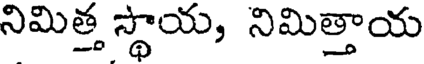
నిమిత్త స్థాయ, నిమిత్తాయ